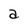
Character: a